Mental hospitals Bombay report 1921-28 - 1921-1928
Year: 1921
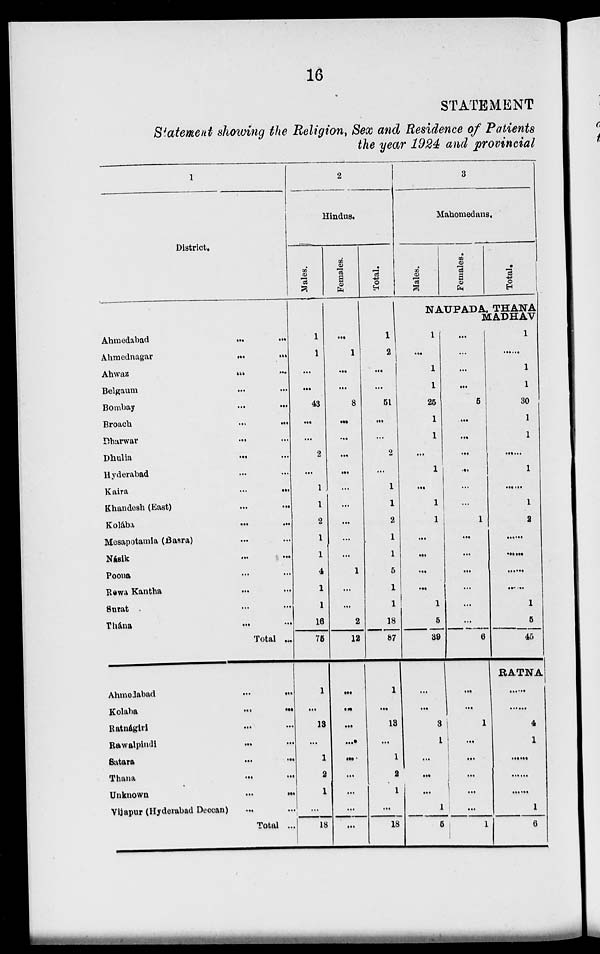
16
STATEMENT
Statement showing the Religion, Sex and Residence of Patients
the year 1924 and provincial
1
District.
Ahmedabad ... ...
Ahmednagar ... ...
Ahwaz
...
...
Belgaum ... ...
Bombay ... ...
Broach
...
...
Dharwar
...
...
Dhulia
...
...
Hyderabad ... ...
Kaira
...
...
Khandesh (East) ... ...
Kolába
...
...
Mesapotamia (Basra) ... ...
Násik
...
...
Poona ... ...
Rewa Kantha ... ...
Surat ... ...
Thána
...
...
Total ...
Ahmedabad
...
...
Kolaba
...
...
Ratnágiri ... ...
Rawalpindi
...
...
Satara
...
...
Thana
...
...
Unknown ... ...
Vijapur (Hyderabad Deccan) ... ...
Total ...
2
Hindus.
Males.
1
1
...
...
43
...
...
2
...
1
1
2
1
1
4
1
1
16
75
1
...
13
...
1
2
1
...
18
Females.
...
1
...
...
8
...
...
...
...
...
...
...
...
...
1
...
...
2
12
...
...
...
...
...
...
...
...
...
Total.
1
2
...
...
51
...
...
2
...
1
1
2
1
1
5
1
1
18
87
1
...
13
...
1
2
1
...
18
3
Mahomedans.
Males.
Females.
Total.
NAUPADA, THANA
MADHAV
1
...
1
1
25
1
1
...
1
...
1
1
...
...
...
...
1
5
39
...
...
3
1
...
...
...
1
5
...
...
...
...
5
....
...
...
...
...
...
1
...
...
...
...
...
...
6
...
...
1
...
...
...
...
...
1
1
...
1
1
30
1
1
......
1
......
1
2
......
......
......
......
1
5
45
RATNA
......
......
4
1
......
......
......
1
6